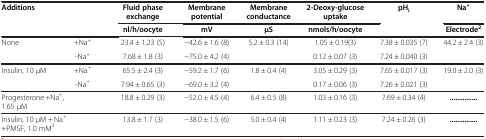
<table><thead><tr><td colspan="2"><b>Additions</b></td><td><b>Fluid phase exchange</b></td><td><b>Membrane potential</b></td><td><b>Membrane conductance</b></td><td><b>2-Deoxy-glucose uptake</b></td><td><b>pH<sub>i</sub></b></td><td><b>Na<sup>+</sup></b></td></tr><tr><td colspan="2"><b> </b></td><td><b>nl/h/oocyte</b></td><td><b>mV</b></td><td><b>μS</b></td><td><b>nmols/h/oocyte</b></td><td><b> </b></td><td><b>Electrode<sup>2</sup></b></td></tr></thead><tbody><tr><td>None</td><td>+Na<sup>+</sup></td><td>23.4 ± 1.23 (5)</td><td>−42.6 ± 1.6 (8)</td><td>5.2 ± 0.3 (14)</td><td>1.05 ± 0.19(3)</td><td>7.38 ± 0.035 (7)</td><td>44.2 ± 2.4 (3)</td></tr><tr><td> </td><td>-Na<sup>+</sup></td><td>7.68 ± 1.8 (3)</td><td>−75.0 ± 4.2 (4)</td><td> </td><td>0.12 ± 0.07 (3)</td><td>7.24 ± 0.040 (3)</td><td> </td></tr><tr><td>Insulin, 10 μM</td><td>+Na<sup>+</sup></td><td>65.5 ± 2.4 (3)</td><td>−59.2 ± 1.7 (6)</td><td>1.8 ± 0.4 (4)</td><td>3.05 ± 0.29 (3)</td><td>7.65 ± 0.017 (3)</td><td>19.0 ± 2.0 (3)</td></tr><tr><td> </td><td>-Na<sup>+</sup></td><td>7.94 ± 0.65 (3)</td><td>−69.0 ± 3.2 (4)</td><td> </td><td>0.17 ± 0.06 (3)</td><td>7.26 ± 0.021 (3)</td><td> </td></tr><tr><td colspan="2">Progesterone +Na<sup>+</sup>,1.65 μM</td><td>18.8 ± 0.29 (3)</td><td>−52.0 ± 4.5 (4)</td><td>6.4 ± 0.5 (8)</td><td>1.03 ± 0.16 (3)</td><td>7.69 ± 0.34 (4)</td><td><b>........</b></td></tr><tr><td colspan="2">Insulin, 10 μM + Na<sup>+</sup> +PMSF, 1.0 mM<sup>3</sup></td><td>13.8 ± 1.7 (3)</td><td>−38.0 ± 1.5 (6)</td><td>5.0 ± 0.4 (4)</td><td>1.11 ± 0.23 (3)</td><td>7.24 ± 0.26 (3)</td><td><b>........</b></td></tr></tbody></table>